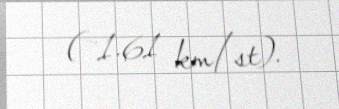
(~1.61 km/st).